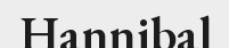
Hannibal